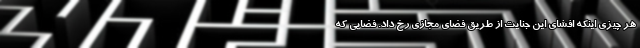
هر چيزي اينكه افشاي اين جنايت از طريق فضاي مجازي رخ داد. فضايي كه